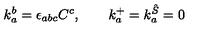
k _ { a } ^ { b } = \epsilon _ { a b c } C ^ { c } , \qquad k _ { a } ^ { + } = k _ { a } ^ { \hat { S } } = 0